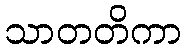
သာတတိကာ